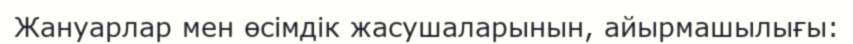
Жануарлар мен өсімдік жасушаларынын, айырмашылығы: